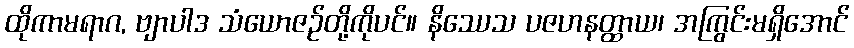
ထိုကာမရာဂ, ဗျာပါဒ သံယောဇဉ်တို့ကိုပင်။ နိဿေသ ပဇဟနတ္ထာယ၊ အကြွင်းမရှိအောင်